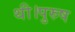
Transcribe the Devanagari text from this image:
थी।पुरुष